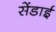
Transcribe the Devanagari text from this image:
सेंडाई